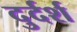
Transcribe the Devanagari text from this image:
दुर्दर्श